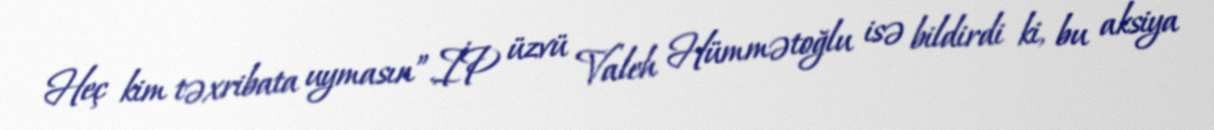
Heç kim təxribata uymasın”.İP üzvü Valeh Hümmətoğlu isə bildirdi ki, bu aksiya